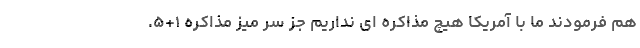
هم فرمودند ما با آمریکا هیچ مذاکره ای نداریم جز سر میز مذاکره ۱+۵.